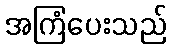
အကြံပေးသည်